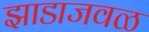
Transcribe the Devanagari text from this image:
झाडाजवळ